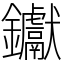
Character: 钀